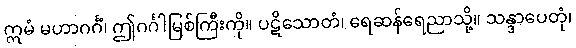
ဣမံ မဟာဂင်္ဂံ၊ ဤဂင်္ဂါမြစ်ကြီးကို။ ပဋိသောတံ၊ ရေဆန်ရေညာသို့။ သန္ဒာပေတုံ၊